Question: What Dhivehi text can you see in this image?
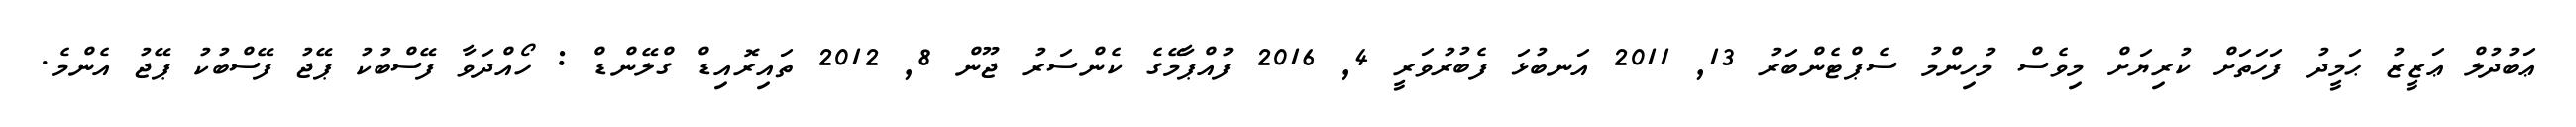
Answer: ޢަބުދުލް ޢަޒީޒު ޙަމީދު ފަހަތަށް ކުރިޔަށް މިވެސް މުހިންމު ސެޕްޓެންބަރު 13, 2011 އަނބުޅަ ފެބުރުވަރީ 4, 2016 ފުއްޕާމޭގެ ކެންސަރު ޖޫން 8, 2012 ތައިރޮއިޑް ގްލޭންޑް : ހޯއްދަވާ ފޭސްބުކު ޕޭޖު ފޭސްބުކު ޕޭޖު އެންމެ.